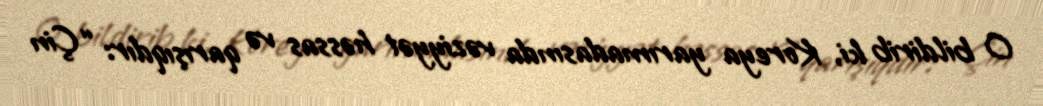
O bildirib ki, Koreya yarımadasında vəziyyət həssas və qarışıqdır: “Çin